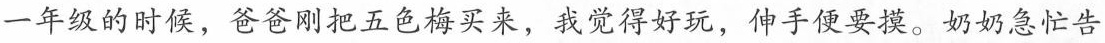
一年级的时候，爸爸刚把五色梅买来，我觉得好玩，伸手便要摸。奶奶急忙告